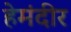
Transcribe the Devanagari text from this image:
हेमंदीर